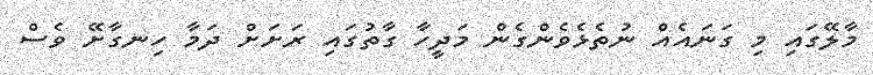
މާލޭގައި މި ގަނައެއް ނުތެޅެވެންގެން މަދީހާ ގާތުގައި ރަށަށް ދަމާ ހިނގާށޭ ވެސް